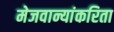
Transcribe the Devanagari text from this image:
मेजवान्यांकरिता